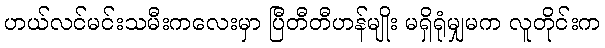
ဟယ်လင်မင်းသမီးကလေးမှာ ပြီတီတီဟန်မျိုး မရှိရုံမျှမက လူတိုင်းက